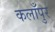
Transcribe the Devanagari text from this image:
कलाँपुर